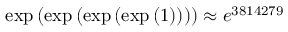
\exp { ( \exp { ( \exp { ( \exp { ( 1 ) } ) } ) } ) } \approx e ^ { 3 8 1 4 2 7 9 }